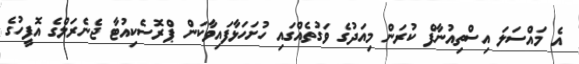
އެ މައްސަލަ އިސްތިއުނާފް ކުރަން މިއަދުގެ ވަގުތެއްގައި ހުށަހަޅާފައިވާކަން ޕްރޮސެކިއުޓާ ޖެނެރަލްގެ އޮފީހުގެ